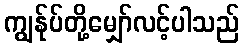
ကျွန်ုပ်တို့မျှော်လင့်ပါသည်